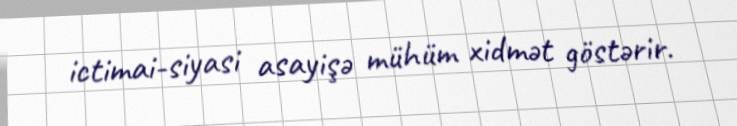
ictimai-siyasi asayişə mühüm xidmət göstərir.